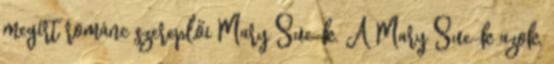
megírt románc szereplői Mary Sue-k. A Mary Sue-k azok,